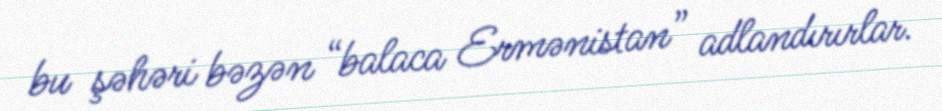
bu şəhəri bəzən “balaca Ermənistan” adlandırırlar.